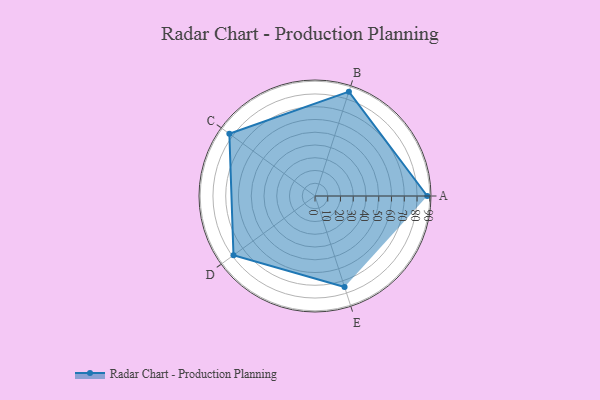
{"axis": {"x": "Skill", "y": "Score"}, "legend": ["Profile"], "data": [{"x": "A", "y": 88.0, "type": "Profile"}, {"x": "B", "y": 86.0, "type": "Profile"}, {"x": "C", "y": 83.0, "type": "Profile"}, {"x": "D", "y": 79.0, "type": "Profile"}, {"x": "E", "y": 75.0, "type": "Profile"}]}